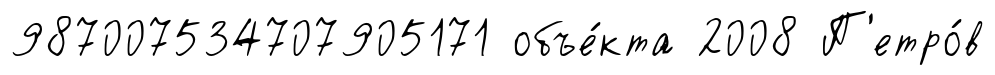
987007534707905171 объе́кта 2008 П'етро́в